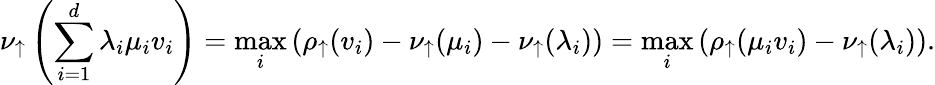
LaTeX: \nu_{\uparrow}\left(\sum_{i=1}^{d}\lambda_{i}\mu_{i}v_{i}\right)=\operatorname*{max}_{i}\left(\rho_{\uparrow}(v_{i})-\nu_{\uparrow}(\mu_{i})-\nu_{\uparrow}(\lambda_{i})\right)=\operatorname*{max}_{i}\left(\rho_{\uparrow}(\mu_{i}v_{i})-\nu_{\uparrow}(\lambda_{i})\right).